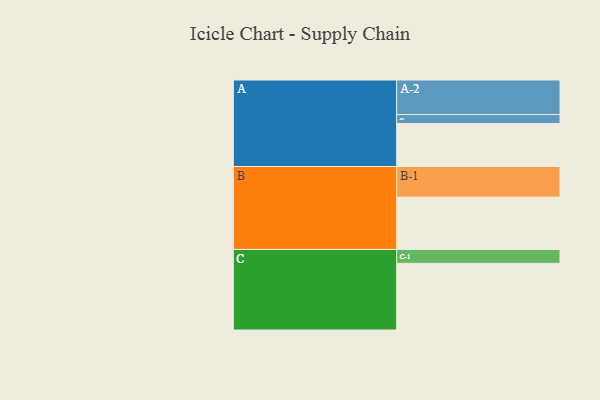
{"axis": {"x": "Segment", "y": "Value"}, "legend": ["", "A", "B", "C"], "data": [{"x": "A", "y": 341, "type": ""}, {"x": "B", "y": 415, "type": ""}, {"x": "C", "y": 529, "type": ""}, {"x": "A-1", "y": 71, "type": "A"}, {"x": "A-2", "y": 274, "type": "A"}, {"x": "B-1", "y": 243, "type": "B"}, {"x": "C-1", "y": 110, "type": "C"}]}